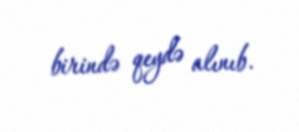
birində qeydə alınıb.